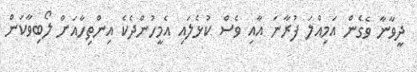
ދީވާނާ ވެގެން އަމިއްލަ ފުރާނަ އާއި ވެސް ކުޅެލައި އެމީހުންދެކެ އިންތިހާއަށް ލޯބިވާކަން